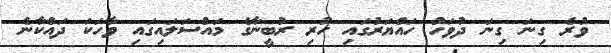
ވުރެ ގިނަ ގިނަ ދުވަހު ހައްޔަރުގައި ހުރި ރުބީނާގެ މައްސަލައިގައި ވާހަކަ ދައްކާނެ